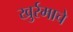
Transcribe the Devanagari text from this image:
खुर्रमाचे